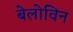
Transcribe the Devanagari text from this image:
बेलोविन